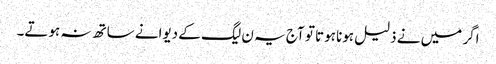
اگر میں نے ذلیل ہونا ہوتا تو آج یہ ن لیگ کے دیوانے ساتھ نہ ہوتے۔